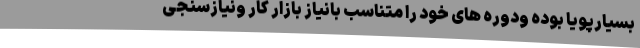
بسیارپویا بوده ودوره های خود را متناسب بانیاز بازار کار ونیازسنجی